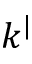
k ^ { | }